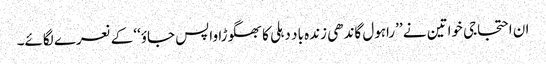
ان احتجاجی خواتین نے ’’راہول گاندھی زندہ باد دہلی کا بھگوڑا واپس جاؤ‘‘ کے نعرے لگائے۔